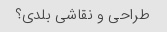
طراحی و نقاشی بلدی؟